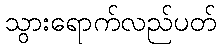
သွားရောက်လည်ပတ်